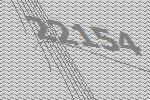
22154